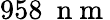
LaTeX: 958~\mathrm{~n~m~}